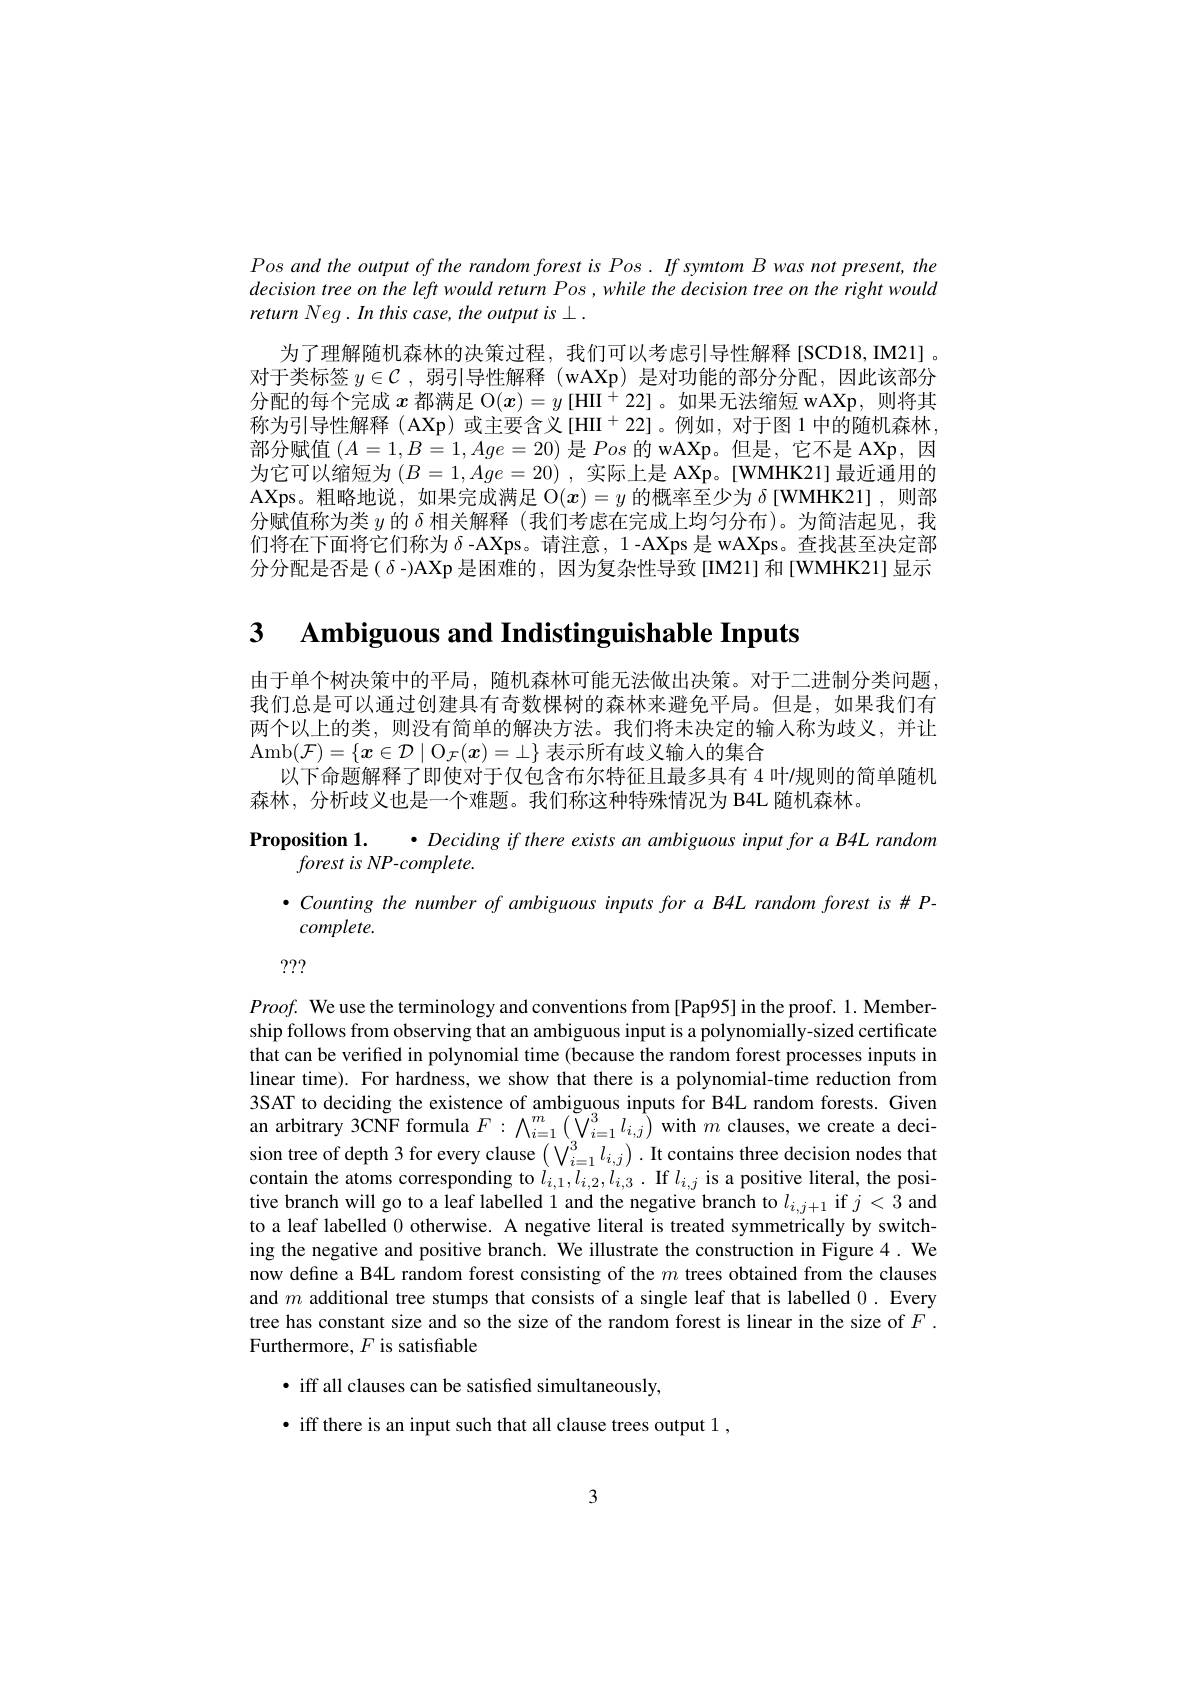
Pos and the output of the random forest is Pos. If symtom B was not present, the $decisiontreeontheleftwouldreturnPos,whilethedecisiontreeontherightwould$ return Neg. In this case, the output is L .
为了理解随机森林的决策过程，我们可以考虑引导性解释[SCD18,IM21]。对于类标签$y\in\mathcal{C}$ ,弱引导性解释 (wAXp)是对功能的部分分配，因此该部分分配的每个完成$x$都满足 O$(x)=y$ [HII $^+22]$ 。如果无法缩短 wAXp,则将其称为引导性解释 (AXp) 或主要含义[HII$^+22]$。例如，对于图 1 中的随机森林， 部分赋值$(A=1,B=1,Age=20)$是Pos的 wAXp。但是，它不是 AXp,因为它可以缩短为$(B=1,Age=20)$ ,实际上是 AXp。[WMHK21] 最近通用的AXps。粗略地说，如果完成满足$\bar{\mathcal{O}}(x)=y\bar{\text{ 的概率至少为 }\delta}$[WMHK21],则部$\hat{\text{分赋值称为类 }y\text{ 的 }\delta\text{ 相关解释 (我们考虑在完成上均匀分布)。为简洁起见，我}}$ 们将在下面将它们称为$\delta$ -AXps。请注意，1 -AXps 是 wAXps。查找甚至决定部分分配是否是( $\delta$ -)AXp 是困难的，因为复杂性导致[IM21]和[WMHK21]显示

3 $\textbf{Ambiguous and Indistinguishable Inputs}$

由于单个树决策中的平局，随机森林可能无法做出决策。对于二进制分类问题我们总是可以通过创建具有奇数棵树的森林来避免平局。但是，如果我们有两个以上的类，则没有简单的解决方法。我们将未决定的输人称为歧义，并让Amb$(\mathcal{F})=\{x\in\mathcal{D}\mid\mathcal{O}_\mathcal{F}(\boldsymbol{x})=\bot\}$表示所有歧义输入的集合
以下命题解释了即使对于仅包含布尔特征且最多具有 4 叶/规则的简单随机
森林，分析歧义也是一个难题。我们称这种特殊情况为 B4L 随机森林。
Proposition 1. · Deciding if there exists an ambiguous input for a B4L random
$forest~is~NP-complete$
$\bullet$ Counting the number of ambiguous inputs for a B4L random forest is # P-
$complete.$

???

$Proof.$ We use the terminology and conventions from [Pap95] in the proof. 1. Membership follows from observing that an ambiguous input is a polynomially-sized certificate that can be verified in polynomial time (because the random forest processes inputs in linear time). For hardness, we show that there is a polynomial-time reduction from 3SAT to deciding the existence of ambiguous inputs for B4L random forests. Given an arbitrary 3CNF formula $F:\bigwedge_{i=1}^{m}\left(\tilde{V}_{i=1}^{3}l_{i,j}\right)$ with $m$ clauses, we create a decision tree of depth 3 for every clause $(\bigvee_{i=1}^3l_{i,j}).$ It contains three decision nodes that contain the atoms corresponding to $l_{i,1},l_{i,2},l_{i,3}.$ If $l_i,j$ is a positive literal, the positive branch will go to a leaf labelled 1 and the negative branch to $l_{i,j+1}$ if $j<3$ and to a leaf labelled 0 otherwise. A negative literal is treated symmetrically by switching the negative and positive branch. We illustrate the construction in Figure 4. We now define a B4L random forest consisting of the $m$ trees obtained from the clauses and $m$ additional tree stumps that consists of a single leaf that is labelled 0. Every tree has constant size and so the size of the random forest is linear in the size of $F.$ Furthermore, $F$ is satisfiable
$\bullet$ iff all clauses can be satisfied simultaneously,
· iff there is an input such that all clause trees output 1

3